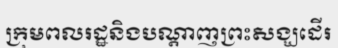
ក្រុមពលរដ្ឋនិងបណ្តាញព្រះសង្ឃដើរ